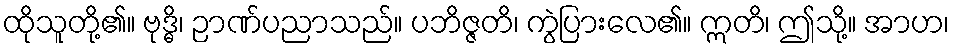
ထိုသူတို့၏။ ဗုဒ္ဓိ၊ ဉာဏ်ပညာသည်။ ပဘိဇ္ဇတိ၊ ကွဲပြားလေ၏။ ဣတိ၊ ဤသို့။ အာဟ၊